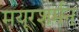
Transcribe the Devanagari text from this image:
मयूरशर्मन्